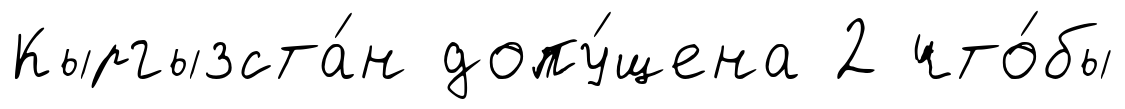
Кыргызста́н допу́щена 2 что́бы